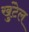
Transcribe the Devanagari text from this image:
खुंटेल